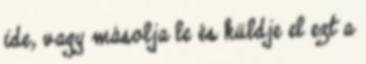
ide, vagy másolja le és küldje el ezt a